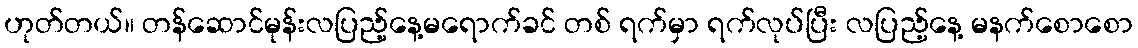
ဟုတ်တယ်။ တန်ဆောင်မုန်းလပြည့်နေ့မရောက်ခင် တစ် ရက်မှာ ရက်လုပ်ပြီး လပြည့်နေ့ မနက်စောစော